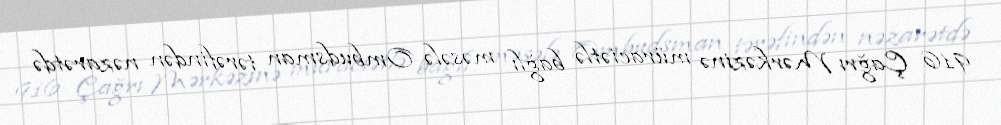
916 Çağrı Mərkəzinə müraciətlə bağlı məsələ Ombudsman tərəfindən nəzarətdə